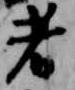
者